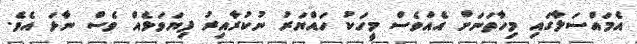
އެމައްސަލާގައި މިހާތަނަށް އެއްވެސް މީހަކު ހައްޔަރު ނުކުރާއިރު ފިޔަވަޅެއް ވެސް ނާޅަ އެވެ.